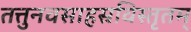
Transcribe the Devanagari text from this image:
तत्तुनवसाहस्रविस्तृतम्